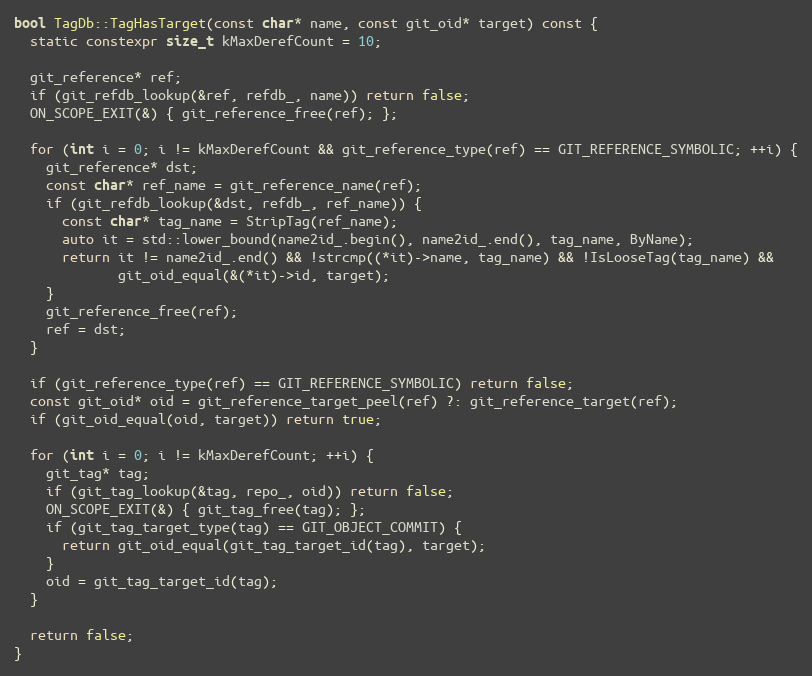
Language: C++
bool TagDb::TagHasTarget(const char* name, const git_oid* target) const {
  static constexpr size_t kMaxDerefCount = 10;

  git_reference* ref;
  if (git_refdb_lookup(&ref, refdb_, name)) return false;
  ON_SCOPE_EXIT(&) { git_reference_free(ref); };

  for (int i = 0; i != kMaxDerefCount && git_reference_type(ref) == GIT_REFERENCE_SYMBOLIC; ++i) {
    git_reference* dst;
    const char* ref_name = git_reference_name(ref);
    if (git_refdb_lookup(&dst, refdb_, ref_name)) {
      const char* tag_name = StripTag(ref_name);
      auto it = std::lower_bound(name2id_.begin(), name2id_.end(), tag_name, ByName);
      return it != name2id_.end() && !strcmp((*it)->name, tag_name) && !IsLooseTag(tag_name) &&
             git_oid_equal(&(*it)->id, target);
    }
    git_reference_free(ref);
    ref = dst;
  }

  if (git_reference_type(ref) == GIT_REFERENCE_SYMBOLIC) return false;
  const git_oid* oid = git_reference_target_peel(ref) ?: git_reference_target(ref);
  if (git_oid_equal(oid, target)) return true;

  for (int i = 0; i != kMaxDerefCount; ++i) {
    git_tag* tag;
    if (git_tag_lookup(&tag, repo_, oid)) return false;
    ON_SCOPE_EXIT(&) { git_tag_free(tag); };
    if (git_tag_target_type(tag) == GIT_OBJECT_COMMIT) {
      return git_oid_equal(git_tag_target_id(tag), target);
    }
    oid = git_tag_target_id(tag);
  }

  return false;
}